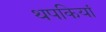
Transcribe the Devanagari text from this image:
थपकियां